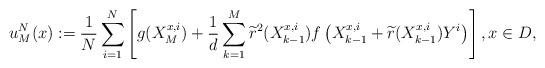
LaTeX: \begin{align*} u_{M}^{N}(x):=\frac{1}{N}\sum_{i=1}^N\left[ g(X^{x,i}_{M})+\frac{1}{d}\sum\limits_{k= 1}^M \widetilde{r}^2(X^{x,i}_{k-1})f\left(X^{x,i}_{k-1}+\widetilde{r}(X^{x,i}_{k-1})Y^i\right)\right], x\in D, \end{align*}